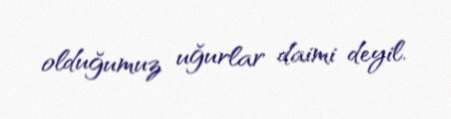
olduğumuz uğurlar daimi deyil.